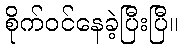
စိုက်ဝင်နေခဲ့ပြီးပြီ။